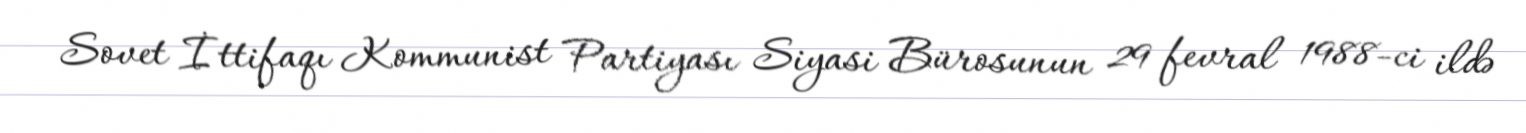
Sovet İttifaqı Kommunist Partiyası Siyasi Bürosunun 29 fevral 1988-ci ildə